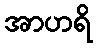
အာဟရိ